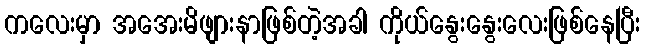
ကလေးမှာ အအေးမိဖျားနာဖြစ်တဲ့အခါ ကိုယ်နွေးနွေးလေးဖြစ်နေပြီး